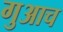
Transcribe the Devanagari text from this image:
गुआच